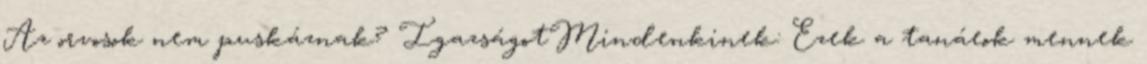
Az orvosok nem puskáznak? IgazságotMindenkinek: Ezek a tanáeok mennek